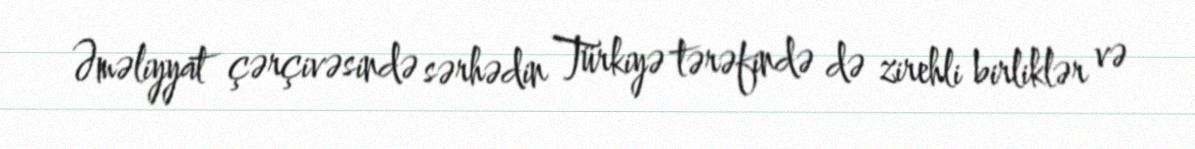
Əməliyyat çərçivəsində sərhədin Türkiyə tərəfində də zirehli birliklər və